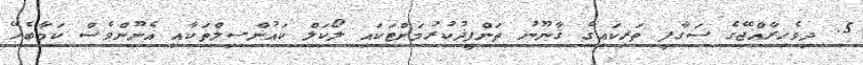
5. ދިވެހިރާއްޖޭގެ ސަގާފީ ތަރިކައިގެ ޤާނޫނު ތަންފީޛުކުރުމަށްޓަކައި ލޯކަލް ކައުންސިލްތަކާއި އެނޫންވެސް ކަމާބެހޭ